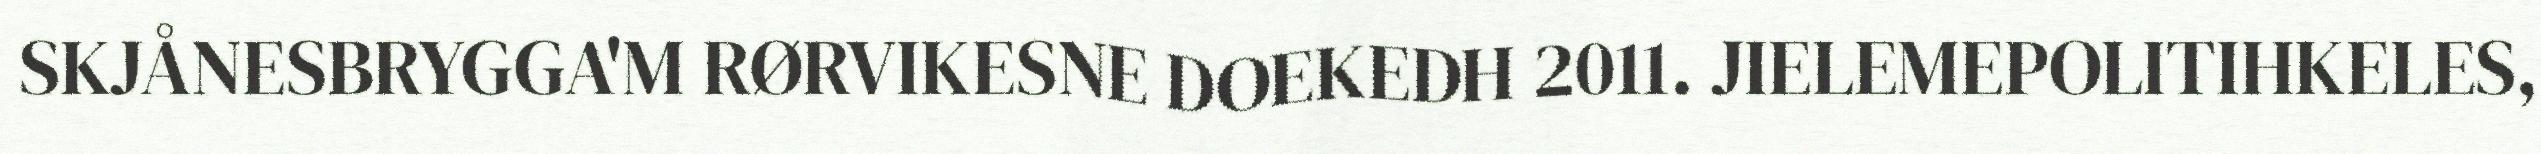
SKJÅNESBRYGGA'M RØRVIKESNE DOEKEDH 2011. JIELEMEPOLITIHKELES,